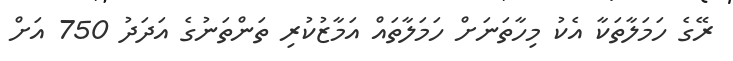
ރޭގެ ހަމަލާތަކާ އެކު މިހާތަނަށް ހަމަލާތައް އަމާޒުކުރި ތަންތަނުގެ އަދަދު 750 އަށް